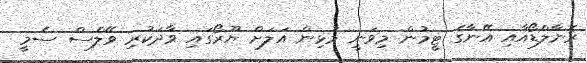
ރޮނާލްޑޯއާއި އޭނާގެ ޓީމުން މިވަނީ މުޅިން އަލަށް ޔޫރޯގައި ވާދަކުރި ވޭލްސް ސެމީ